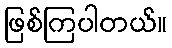
ဖြစ်ကြပါတယ်။